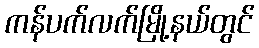
ကန်ပက်လက်မြို့နယ်တွင်